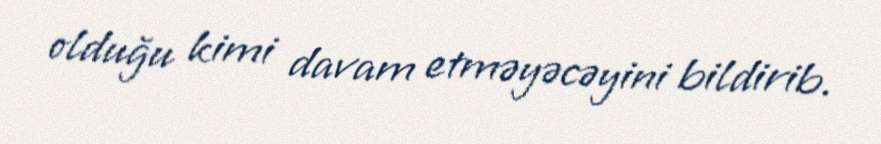
olduğu kimi davam etməyəcəyini bildirib.